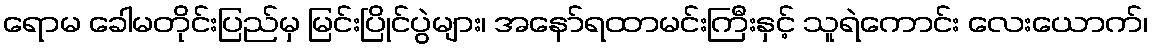
ရောမ ခေါမတိုင်းပြည်မှ မြင်းပြိုင်ပွဲများ၊ အနော်ရထာမင်းကြီးနှင့် သူရဲကောင်း လေးယောက်၊